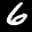
Label: 6